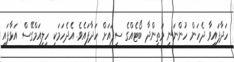
ހަދާފައިވާ ދެހަން ހުންނަނީ މަތިންދާ ބޯޓެއްގެ ސިފައަށް ހަދާފައެވެ. އެދެހަމަކީ ހީލިއަމްގޭސް އަޅާފައި